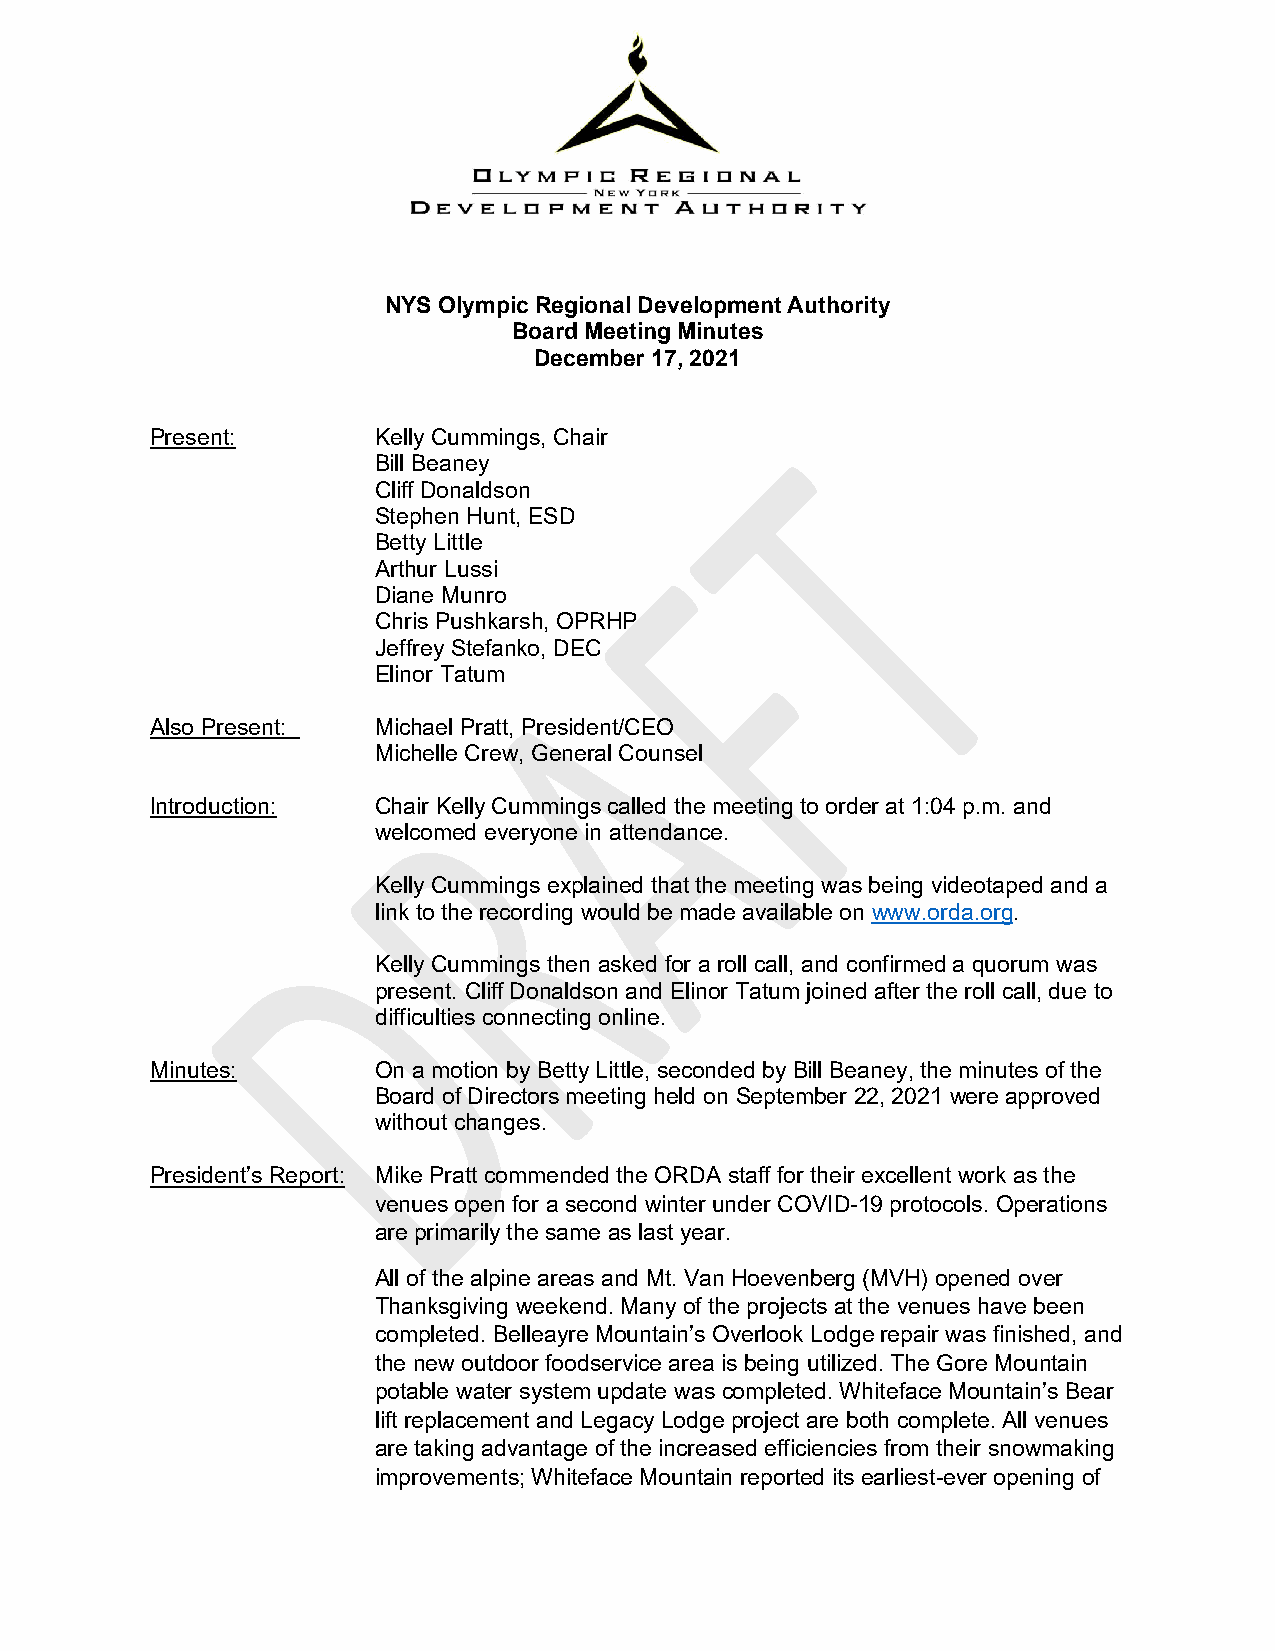
NYS Olympic Regional Development Authority
 Board Meeting Minutes
 December 17, 2021
 Present:       Kelly Cummings, Chair
 Bill Beaney
 Cliff Donaldson
 Stephen Hunt, ESD
 Betty Little
 Arthur Lussi
 Diane Munro
 Chris Pushkarsh, OPRHP
 Jeffrey Stefanko, DEC
 Elinor Tatum
 Also Present:  Michael Pratt, President/CEO
 Michelle Crew, General Counsel
 Introduction:  Chair Kelly Cummings called the meeting to order at 1:04 p.m. and
 welcomed everyone in attendance.
 Kelly Cummings explained that the meeting was being videotaped and a
 link to the recording would be made available on www.orda.org.
 Kelly Cummings then asked for a roll call, and confirmed a quorum was
 present. Cliff Donaldson and Elinor Tatum joined after the roll call, due to
 difficulties connecting online.
 Minutes:       On a motion by Betty Little, seconded by Bill Beaney, the minutes of the
 Board of Directors meeting held on September 22, 2021 were approved
 without changes.
 President’s Report: Mike Pratt commended the ORDA staff for their excellent work as the
 venues open for a second winter under COVID-19 protocols. Operations
 are primarily the same as last year.
 All of the alpine areas and Mt. Van Hoevenberg (MVH) opened over
 Thanksgiving weekend. Many of the projects at the venues have been
 completed. Belleayre Mountain’s Overlook Lodge repair was finished, and
 the new outdoor foodservice area is being utilized. The Gore Mountain
 potable water system update was completed. Whiteface Mountain’s Bear
 lift replacement and Legacy Lodge project are both complete. All venues
 are taking advantage of the increased efficiencies from their snowmaking
 improvements; Whiteface Mountain reported its earliest-ever opening of